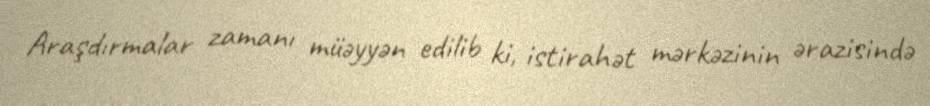
Araşdırmalar zamanı müəyyən edilib ki, istirahət mərkəzinin ərazisində